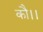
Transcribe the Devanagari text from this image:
कौ।।